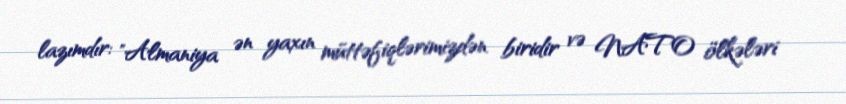
lazımdır: "Almaniya ən yaxın müttəfiqlərimizdən biridir və NATO ölkələri